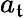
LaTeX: a_{\mathfrak{t}}